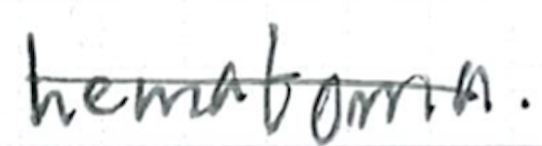
Text: hematoma.
Cross-out: mix
Writing tool: ballpoint